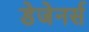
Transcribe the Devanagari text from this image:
डेजेनर्स